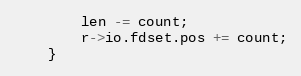
Language: C
        len -= count;
        r->io.fdset.pos += count;
    }